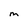
Character: M